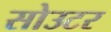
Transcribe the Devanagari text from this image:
सोउटर